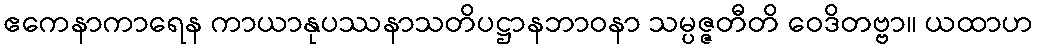
ဧကေနာကာရေန ကာယာနုပဿနာသတိပဋ္ဌာနဘာဝနာ သမ္ပဇ္ဇတီတိ ဝေဒိတဗ္ဗာ။ ယထာဟ